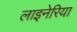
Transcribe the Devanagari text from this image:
लाइनेरिया